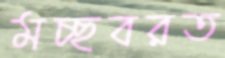
মচ্ছবরত